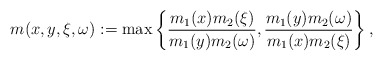
\begin{align*} m(x,y,\xi,\omega) := \max \left\{\frac{m_1(x)m_2(\xi)}{m_1(y)m_2(\omega)},\frac{m_1(y)m_2(\omega)}{m_1(x)m_2(\xi)}\right\}, \end{align*}